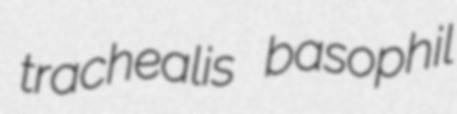
trachealis basophil